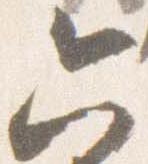
六